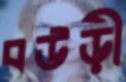
বউড়ী